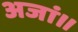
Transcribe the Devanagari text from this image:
अजां॥